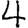
Digit: 4